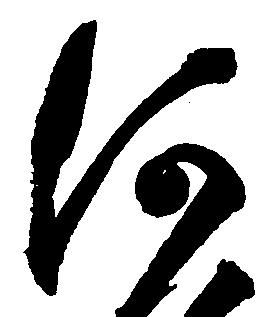
何